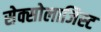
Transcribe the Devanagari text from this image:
सेक्सोलाजिस्ट